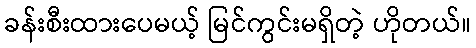
ခန်းစီးထားပေမယ့် မြင်ကွင်းမရှိတဲ့ ဟိုတယ်။